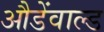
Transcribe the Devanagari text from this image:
औडेंवाल्ड